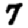
Digit: 7